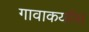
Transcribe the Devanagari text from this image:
गावाकर्याना